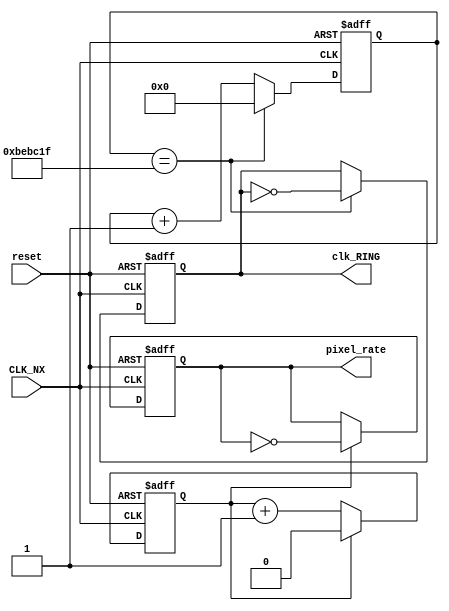
`timescale 1ns / 1ps
//////////////////////////////////////////////////////////////////////////////////
// Company: 
// Engineer: 
// 
// Design Name: 
// Module Name:    ContadorRTC 
// Project Name: 
// Target Devices: 
// Tool versions: 
// Description: 
//
// Dependencies: 
//
// Revision: 
// Revision 0.01 - File Created
// Additional Comments: 
//
//////////////////////////////////////////////////////////////////////////////////
module ContadorRTC(
    input CLK_NX,
	 input reset,
	 output reg pixel_rate,
	 output reg clk_RING
	 );
	 
	 reg [0:0] cont;
	 reg [23:0] divisor;
	
	 //Para generar a partir de 100 MHz los 25 MHz que se utilizan en pantalla 640x480
	 //Adems genera el clock para el parpadeo a 4Hz
	 
	 always @(posedge CLK_NX, posedge reset)
	 begin
		if (reset)
		begin
			pixel_rate=0;
			cont=0;
			divisor=24'h0000;
			clk_RING=0;
			
			
		end
		
		else
		begin
			if(cont==1'd1)
			begin
				cont=1'd0;
				pixel_rate=~pixel_rate;
			end
			else cont=cont+1'd1;
			
			if(divisor==24'd12499999)
			begin
				divisor=24'd0;
				clk_RING=~clk_RING;
			end
			else divisor=divisor+24'd1;
			
			
		end
	 end

endmodule